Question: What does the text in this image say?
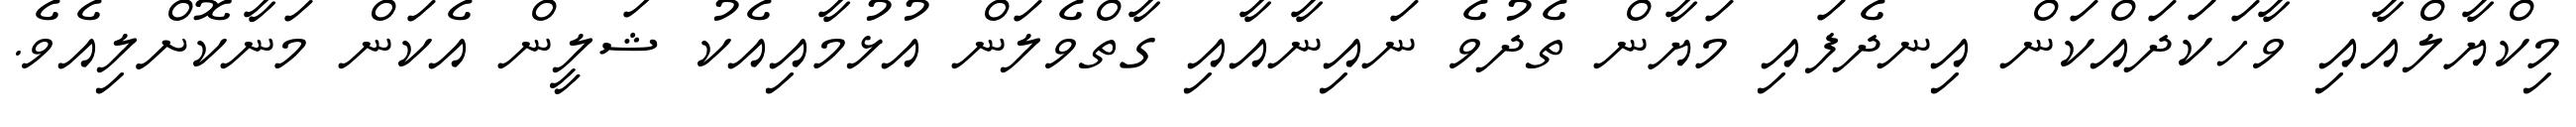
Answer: މިކްޔާލްއާއި ވާހަކަދައްކަން އިނދެފައި މަޔާން ތެދުވެ ނައިނާއާއި ގާތްވެލަން އުޅުމާއިއެކު ޝަލީން އެކަން މަނާކޮށްލިއެވެ.